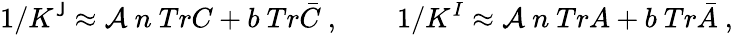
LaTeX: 1/K^{\mathsf{J}}\approx\mathcal{A}\ n\ TrC+b\ Tr\bar{{C}}\ ,\qquad1/K^{I}\approx\mathcal{A}\ n\ TrA+b\ Tr\bar{{A}}\ ,